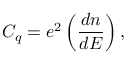
C _ { q } = e ^ { 2 } \left( \frac { d n } { d E } \right) ,